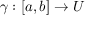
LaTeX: \! \, \gamma : [ a , b ] \to U